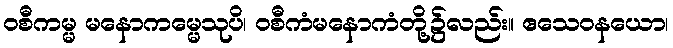
ဝစီကမ္မ မနောကမ္မေသုပိ၊ ဝစီကံမနောကံတို့၌လည်း။ ဧသေဝနယော၊